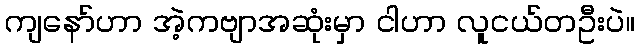
ကျနော်ဟာ အဲ့ကဗျာအဆုံးမှာ ငါဟာ လူငယ်တဦးပဲ။